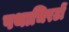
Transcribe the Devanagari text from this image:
पथाचिरटों